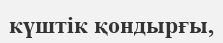
күштік қондырғы,